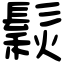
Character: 鬏